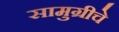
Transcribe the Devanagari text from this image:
सामुग्रीचे